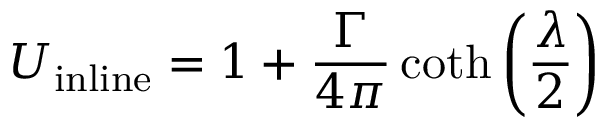
U _ { \mathrm { i n l i n e } } = 1 + { \frac { \Gamma } { 4 \pi } } \coth \left( { \frac { \lambda } { 2 } } \right)